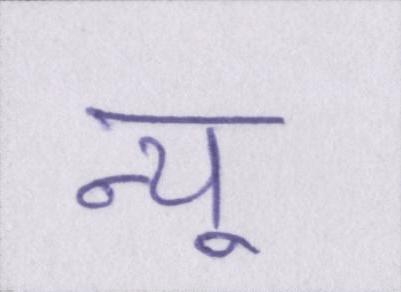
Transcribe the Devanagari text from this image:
न्यू